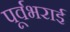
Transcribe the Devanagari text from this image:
पूर्वभराई